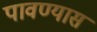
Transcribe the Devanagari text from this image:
पावण्यास